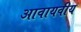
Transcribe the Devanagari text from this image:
आवायवीय